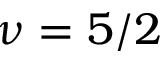
\nu = 5 / 2